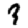
Digit: 3